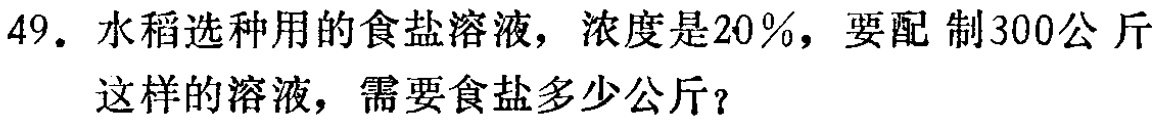
49. 水稻选种用的食盐溶液，浓度是20％，要配制300公斤这样的溶液，需要食盐多少公斤？